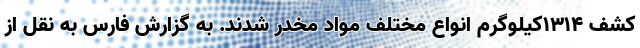
کشف ۱۳۱۴کیلوگرم انواع مختلف مواد مخدر شدند. به گزارش فارس به نقل از